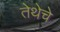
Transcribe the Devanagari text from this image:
तेथेचे